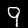
Label: 9